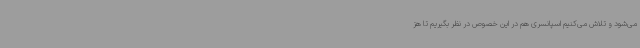
می‌شود و تلاش می‌کنیم اسپانسری هم در این خصوص در نظر بگیریم تا هز